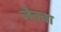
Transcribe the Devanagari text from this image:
जैतवा